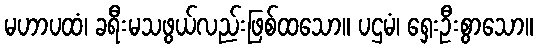
မဟာပထံ၊ ခရီးမသဖွယ်လည်းဖြစ်ထသော။ ပဌမံ၊ ရှေးဦးစွာသော။